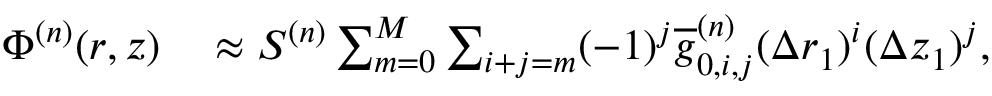
\begin{array} { r l } { \Phi ^ { ( n ) } ( r , z ) } & { { } \approx S ^ { ( n ) } \sum _ { m = 0 } ^ { M } \sum _ { i + j = m } ( - 1 ) ^ { j } \overline { { g } } _ { 0 , i , j } ^ { ( n ) } ( \Delta r _ { 1 } ) ^ { i } ( \Delta z _ { 1 } ) ^ { j } , } \end{array}